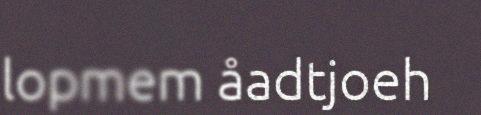
lopmem åadtjoeh